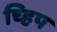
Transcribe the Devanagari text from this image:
च्हिप